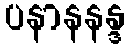
ပနာနနန္ဒ